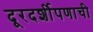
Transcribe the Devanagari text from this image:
दूरदर्शीपणाची